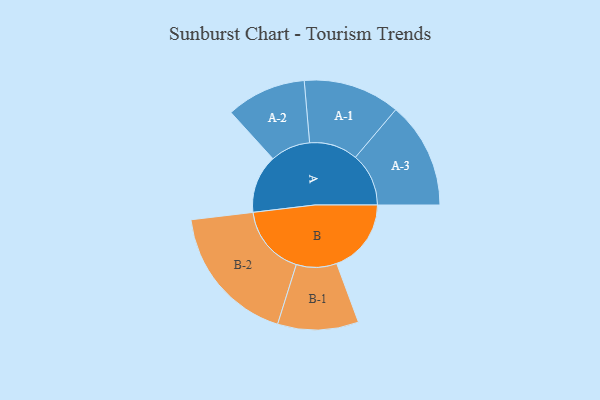
{"axis": {"x": "Segment", "y": "Value"}, "legend": ["", "A", "B"], "data": [{"x": "A", "y": 241, "type": ""}, {"x": "B", "y": 308, "type": ""}, {"x": "A-1", "y": 200, "type": "A"}, {"x": "A-2", "y": 165, "type": "A"}, {"x": "A-3", "y": 220, "type": "A"}, {"x": "B-1", "y": 167, "type": "B"}, {"x": "B-2", "y": 291, "type": "B"}]}